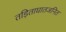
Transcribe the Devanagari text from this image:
तड़िताघातजनित